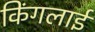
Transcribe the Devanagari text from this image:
किंगलाई